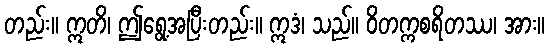
တည်း။ ဣတိ၊ ဤရွေ့အပြီးတည်း။ ဣဒံ၊ သည်။ ဝိတက္ကစရိတဿ၊ အား။